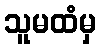
သူမထံမှ